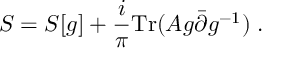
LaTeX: S = S [ g ] + \frac { i } { \pi } \mathrm { T r } ( A g { \bar { \partial } } g ^ { - 1 } ) \; .